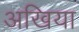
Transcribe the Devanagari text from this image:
अखिया